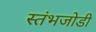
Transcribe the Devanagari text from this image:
स्तंभजोडी